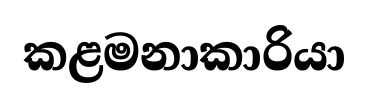
කළමනාකාරියා